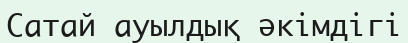
Сатай ауылдық әкімдігі